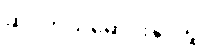
ဆိုင်ကယ်မောင်းနှင်သူ